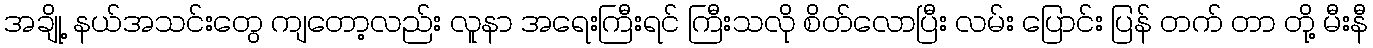
အချို့ နယ်အသင်းတွေ ကျတော့လည်း လူနာ အရေးကြီးရင် ကြီးသလို စိတ်လောပြီး လမ်း ပြောင်း ပြန် တက် တာ တို့ မီးနီ